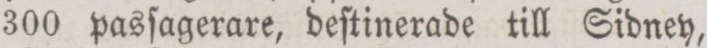
300 pasſagerare, deſtinerade till Sidney,